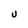
Character: U